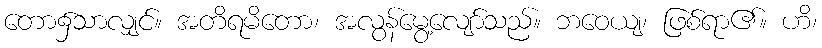
တော၌သာလျှင်။ အတိရမိတော၊ အလွန်မွေ့လျော်သည်။ ဘဝေယျ၊ ဖြစ်ရာ၏။ ဟိ၊